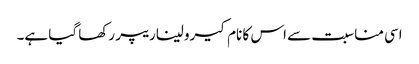
اسی مناسبت سے اس کا نام کیرولیناریپر رکھا گیا ہے۔